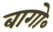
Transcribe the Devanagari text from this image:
बागो॰